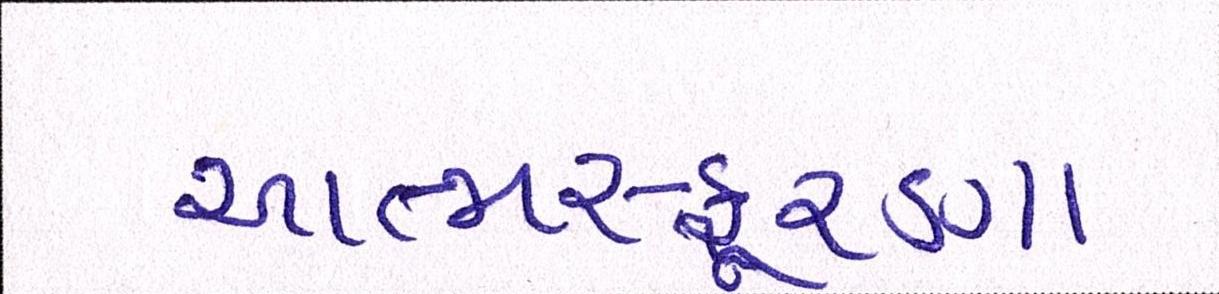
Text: આત્મસ્ફૂરણા